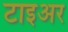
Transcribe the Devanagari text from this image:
टाइअर